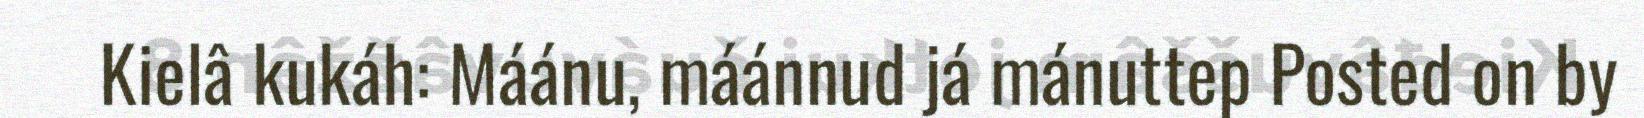
Kielâ kukáh: Máánu, máánnud já mánuttep Posted on by